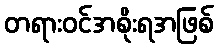
တရားဝင်အစိုးရအဖြစ်